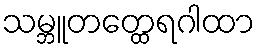
သမ္ဘူတတ္ထေရဂါထာ